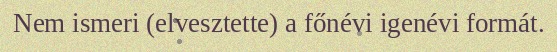
Nem ismeri (elvesztette) a főnévi igenévi formát.